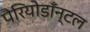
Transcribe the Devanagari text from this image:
पैरियोडाँन्टल